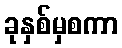
ခုနှစ်မှစကာ